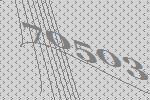
70503